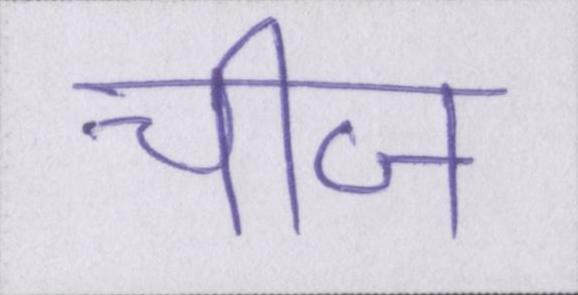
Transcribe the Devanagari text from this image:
चीज